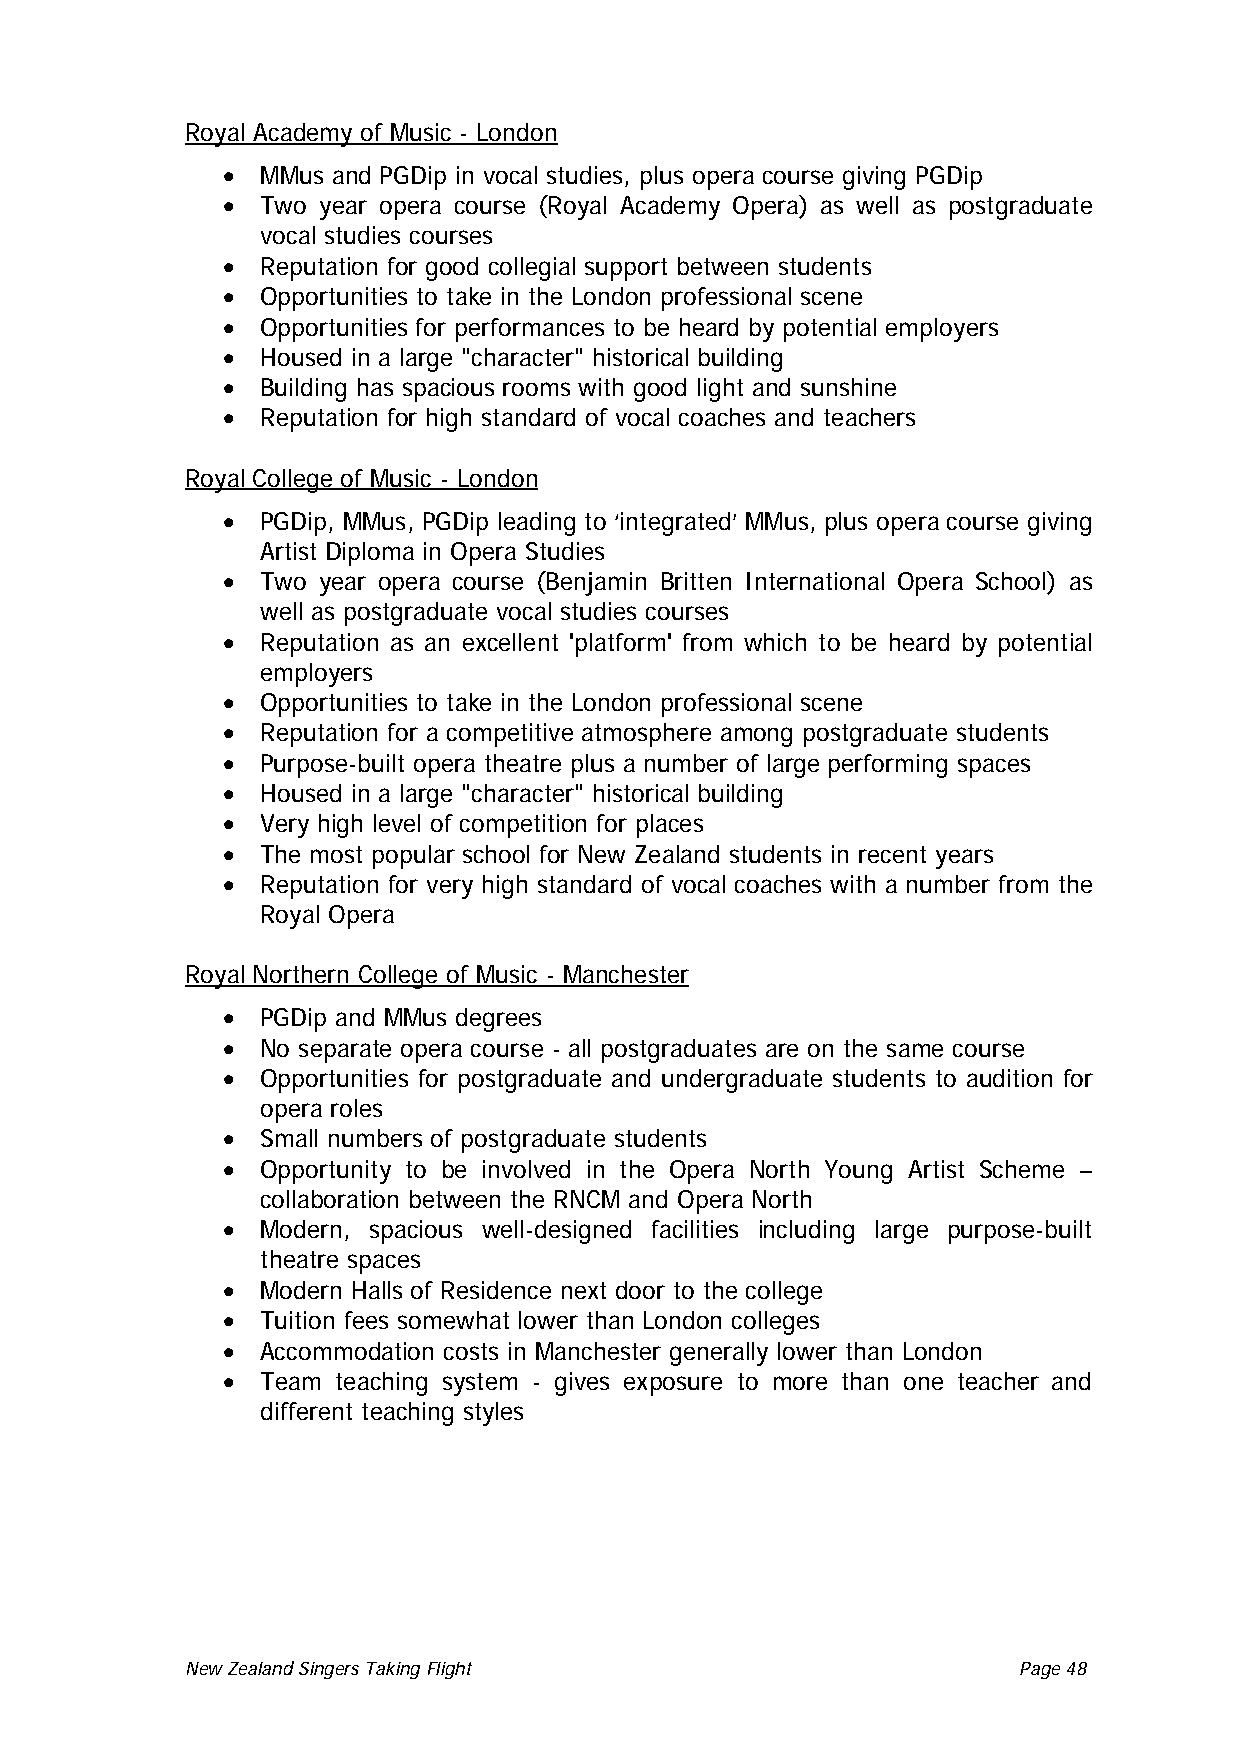
Royal Academy of Music - London
 • MMus and PGDip in vocal studies, plus opera course giving PGDip
 • Two year opera course (Royal Academy Opera) as well as postgraduate
 vocal studies courses
 • Reputation for good collegial support between students
 • Opportunities to take in the London professional scene
 • Opportunities for performances to be heard by potential employers
 • Housed in a large "character" historical building
 • Building has spacious rooms with good light and sunshine
 • Reputation for high standard of vocal coaches and teachers
 Royal College of Music - London
 • PGDip, MMus, PGDip leading to ‘integrated’ MMus, plus opera course giving
 Artist Diploma in Opera Studies
 • Two year opera course (Benjamin Britten International Opera School) as
 well as postgraduate vocal studies courses
 • Reputation as an excellent 'platform' from which to be heard by potential
 employers
 • Opportunities to take in the London professional scene
 • Reputation for a competitive atmosphere among postgraduate students
 • Purpose-built opera theatre plus a number of large performing spaces
 • Housed in a large "character" historical building
 • Very high level of competition for places
 • The most popular school for New Zealand students in recent years
 • Reputation for very high standard of vocal coaches with a number from the
 Royal Opera
 Royal Northern College of Music - Manchester
 • PGDip and MMus degrees
 • No separate opera course - all postgraduates are on the same course
 • Opportunities for postgraduate and undergraduate students to audition for
 opera roles
 • Small numbers of postgraduate students
 • Opportunity to be involved in the Opera North Young Artist Scheme –
 collaboration between the RNCM and Opera North
 • Modern, spacious well-designed facilities including large purpose-built
 theatre spaces
 • Modern Halls of Residence next door to the college
 • Tuition fees somewhat lower than London colleges
 • Accommodation costs in Manchester generally lower than London
 • Team teaching system - gives exposure to more than one teacher and
 different teaching styles
 New Zealand Singers Taking Flight Page 48